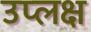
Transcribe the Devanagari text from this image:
उप्लक्ष